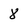
Character: 8